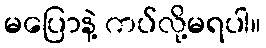
မပြောနဲ့ ကပ်လို့မရပါ။